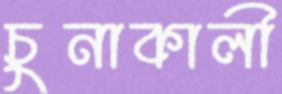
চুনাকালী